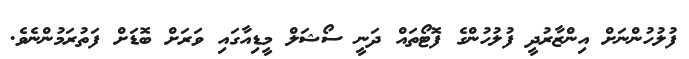
ފުލުހުންނަށް އިންޒާރުދީ ފުލުހުންގެ ފޮޓޯތައް ދަނީ ސޯޝަލް މީޑިއާގައި ވަރަށް ބޮޑަށް ފަތުރަމުންނެވެ.